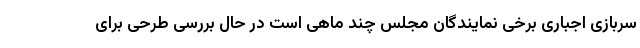
سربازی اجباری برخی نمایندگان مجلس چند ماهی است در حال بررسی طرحی برای